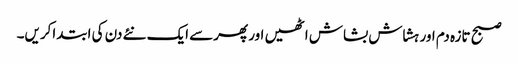
صبح تازہ دم اور ہشاش بشاش اٹھیں اور پھرسے ایک نئے دن کی ابتداکریں۔